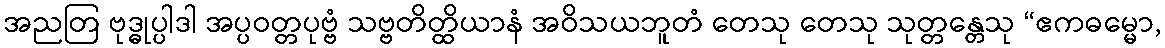
အညတြ ဗုဒ္ဓုပ္ပါဒါ အပ္ပဝတ္တပုဗ္ဗံ သဗ္ဗတိတ္ထိယာနံ အဝိသယဘူတံ တေသု တေသု သုတ္တန္တေသု “ဧကဓမ္မော,